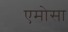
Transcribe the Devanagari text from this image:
एमोसा